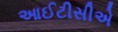
આઈટીસીએ